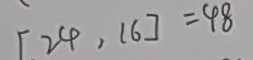
[ 2 4 , 1 6 ] = 4 8